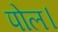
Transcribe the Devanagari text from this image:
पोल।